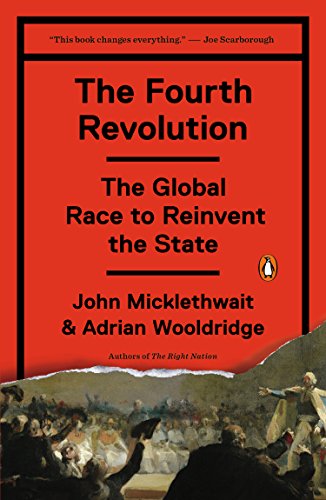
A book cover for The Fourth Revolution: The Global Race to Reinvent the State; John Micklethwait; Law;